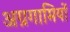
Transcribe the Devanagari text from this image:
अग्रगामियों